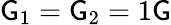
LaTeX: \mathsf{G}_{1}=\mathsf{G}_{2}=1\mathrm{{\mathsf{G}}}